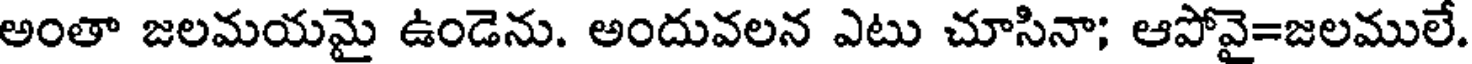
అంతా జలమయమై ఉండెను. అందువలన ఎటు చూసినా; ఆపోవై=జలములే.